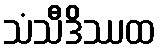
သံသီဒိဿထ